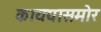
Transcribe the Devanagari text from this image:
कायद्यासमोर